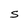
Character: S